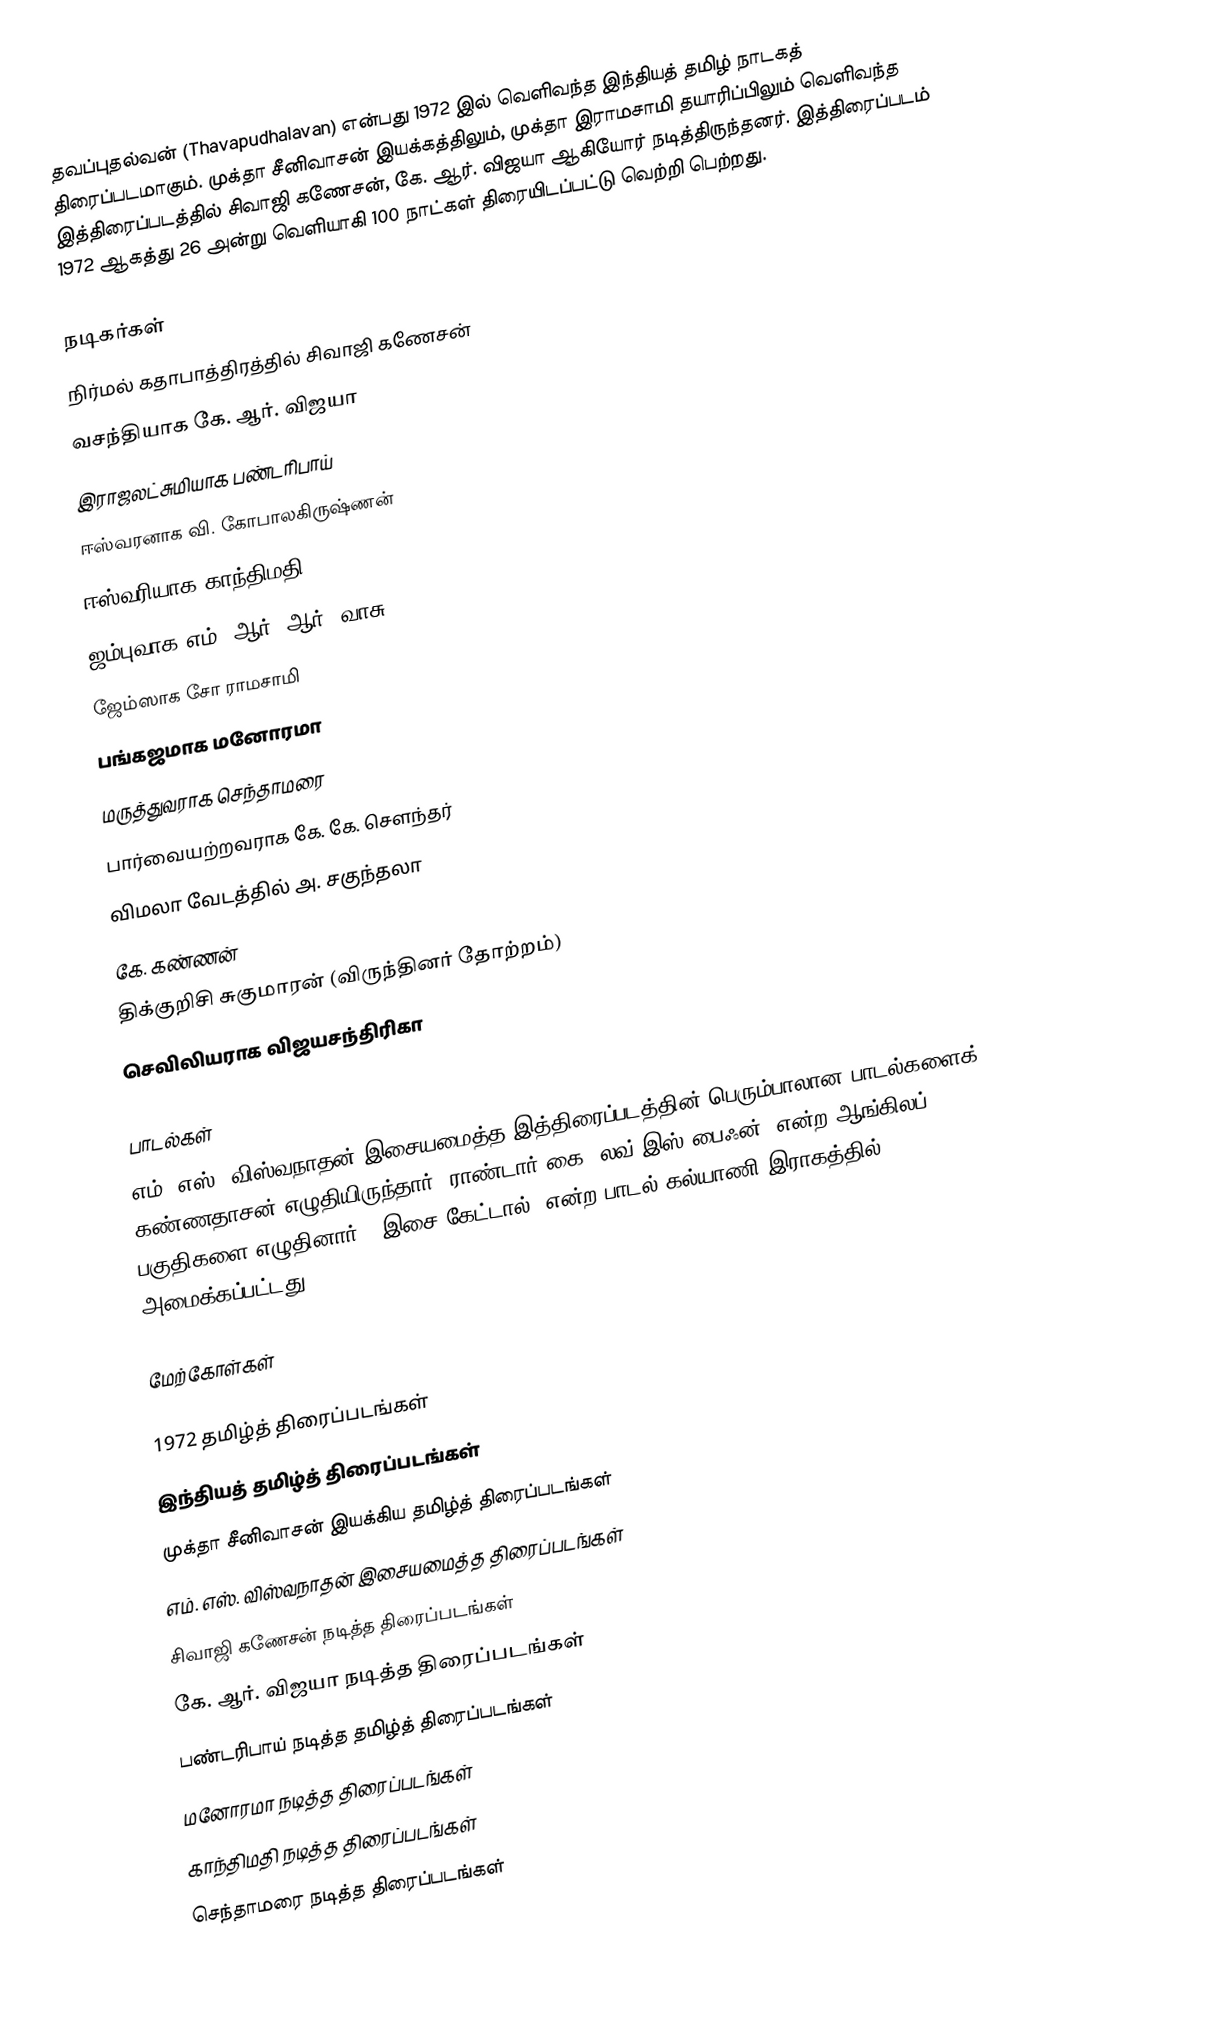
தவப்புதல்வன் (Thavapudhalavan) என்பது 1972 இல் வெளிவந்த இந்தியத் தமிழ் நாடகத் திரைப்படமாகும். முக்தா சீனிவாசன் இயக்கத்திலும், முக்தா இராமசாமி தயாரிப்பிலும் வெளிவந்த இத்திரைப்படத்தில் சிவாஜி கணேசன், கே. ஆர். விஜயா ஆகியோர் நடித்திருந்தனர். இத்திரைப்படம் 1972 ஆகத்து 26 அன்று வெளியாகி 100 நாட்கள் திரையிடப்பட்டு வெற்றி பெற்றது.

நடிகர்கள்
 நிர்மல் கதாபாத்திரத்தில் சிவாஜி கணேசன்
 வசந்தியாக கே. ஆர். விஜயா
 இராஜலட்சுமியாக பண்டரிபாய்
 ஈஸ்வரனாக வி. கோபாலகிருஷ்ணன்
 ஈஸ்வரியாக காந்திமதி
 ஜம்புவாக எம். ஆர். ஆர். வாசு
 ஜேம்ஸாக சோ ராமசாமி
 பங்கஜமாக மனோரமா
 மருத்துவராக செந்தாமரை
 பார்வையற்றவராக கே. கே. சௌந்தர்
 விமலா வேடத்தில் அ. சகுந்தலா
 கே. கண்ணன்
 திக்குறிசி சுகுமாரன் (விருந்தினர் தோற்றம்)
 செவிலியராக விஜயசந்திரிகா

பாடல்கள்
எம். எஸ். விஸ்வநாதன் இசையமைத்த இத்திரைப்படத்தின்  பெரும்பாலான பாடல்களைக் கண்ணதாசன் எழுதியிருந்தார். ராண்டார் கை "லவ் இஸ் பைஃன்" என்ற ஆங்கிலப் பகுதிகளை எழுதினார். "இசை கேட்டால்" என்ற பாடல் கல்யாணி இராகத்தில் அமைக்கப்பட்டது.

மேற்கோள்கள்

1972 தமிழ்த் திரைப்படங்கள்
இந்தியத் தமிழ்த் திரைப்படங்கள்
முக்தா சீனிவாசன் இயக்கிய தமிழ்த் திரைப்படங்கள்
எம். எஸ். விஸ்வநாதன் இசையமைத்த திரைப்படங்கள்
சிவாஜி கணேசன் நடித்த திரைப்படங்கள்
கே. ஆர். விஜயா நடித்த திரைப்படங்கள்
பண்டரிபாய் நடித்த தமிழ்த் திரைப்படங்கள்
மனோரமா நடித்த திரைப்படங்கள்
காந்திமதி நடித்த திரைப்படங்கள்
செந்தாமரை நடித்த திரைப்படங்கள்